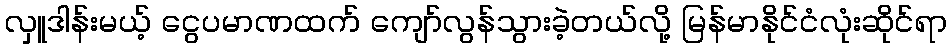
လှူဒါန်းမယ့် ငွေပမာဏထက် ကျော်လွန်သွားခဲ့တယ်လို့ မြန်မာနိုင်ငံလုံးဆိုင်ရာ